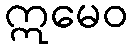
ဣမေဝ